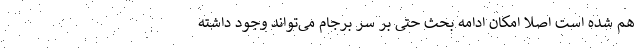
هم شده است اصلا امکان ادامه بحث حتی بر سر برجام می‌تواند وجود داشته